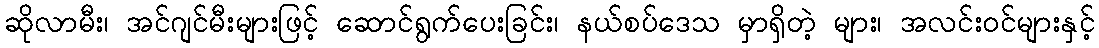
ဆိုလာမီး၊ အင်ဂျင်မီးများဖြင့် ဆောင်ရွက်ပေးခြင်း၊ နယ်စပ်ဒေသ မှာရှိတဲ့ များ၊ အလင်းဝင်များနှင့်